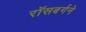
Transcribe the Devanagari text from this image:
रॉसबर्गने